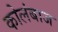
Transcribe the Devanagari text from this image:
कोलंबाज